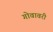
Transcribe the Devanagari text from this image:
गोवावरी